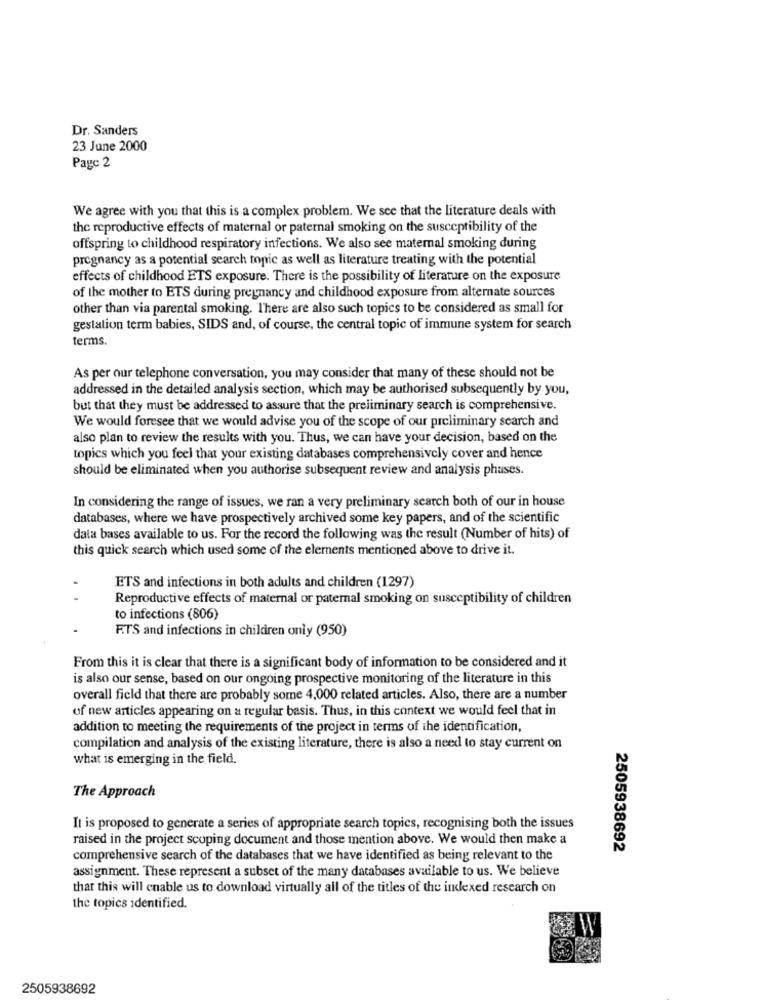
Dr. Sanders
23 June 2000
Page 2
We agree with you that this is a complex problem. We see that the literature deals with
the reproductive effects of maternal or paternal smoking on the susceptibility of the
offspring to childhood respiratory infections. We also see maternal smoking during
pregnancy as a potential search topic as well as literature treating with the potential
effects of childhood ETS exposure. There is the possibility of literature on the exposure
of the mother to ETS during pregnancy and childhood exposure from alternate sources
other than via parental smoking. There are also such topics to be considered as small for
gestation term babies, SIDS and, of course, the central topic of immune system for search
terms.
As per our telephone conversation, you may consider that many of these should not be
addressed in the detailed analysis section, which may be authorised subsequently by you,
but that they must be addressed to assure that the preliminary search is comprehensive.
We would foresee that we would advise you of the scope of our preliminary search and
also plan to review the results with you. Thus, we can have your decision, based on the
topics which you feel that your existing databases comprehensively cover and hence
should be eliminated when you authorise subsequent review and analysis phases.
In considering the range of issues, we ran a very preliminary search both of our in house
databases, where we have prospectively archived some key papers, and of the scientific
data bases available to us. For the record the following was the result (Number of hits) of
this quick search which used some of the elements mentioned above to drive it.
ETS and infections in both adults and children (1297)
Reproductive effects of maternal or paternal smoking on susceptibility of children
to infections (806)
F.TS and infections in children only (950)
From this it is clear that there is a significant body of information to be considered and it
is also our sense, based on our ongoing prospective monitoring of the literature in this
overall field that there are probably some 4,000 related articles. Also, there are a number
of new articles appearing on a regular basis. Thus, in this context we would feel that in
addition to meeting the requirements of the project in terms of the identification,
compilation and analysis of the existing literature, there is also a need to stay current on
what is emerging in the field.
The Approach
It is proposed to generate a series of appropriate search topics, recognising both the issues
raised in the project scoping document and those mention above. We would then make a
2505938692
comprehensive search of the databases that we have identified as being relevant to the
assignment. These represent a subset of the many databases available to us. We believe
that this will enable us to download virtually all of the titles of the indexed research on
the topics identified.
2505938692